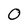
Character: O